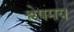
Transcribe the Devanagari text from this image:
श्लेषमय